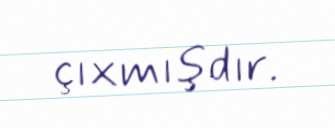
çıxmışdır.